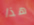
هذا